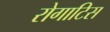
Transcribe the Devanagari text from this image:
रोगाटिस